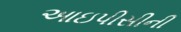
આઇપીસીની